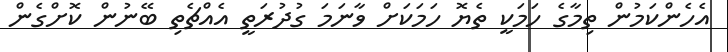
އެހެންކަމުން ތިމާގެ ހަމަކީ ތެޔޮ ހަމަކަށް ވާނަމަ ގުދުރަތީ އެއްޗެތި ބޭނުން ކޮށްގެން